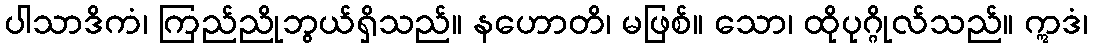
ပါသာဒိကံ၊ ကြည်ညိုဘွယ်ရှိသည်။ နဟောတိ၊ မဖြစ်။ သော၊ ထိုပုဂ္ဂိုလ်သည်။ ဣဒံ၊